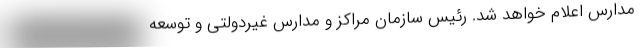
مدارس اعلام خواهد شد. رئیس سازمان مراکز و مدارس غیردولتی و توسعه